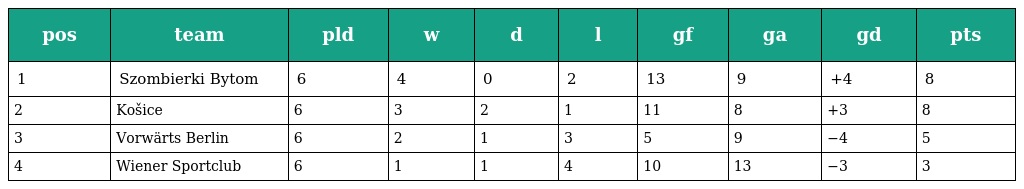
| pos | team | pld | w | d | l | gf | ga | gd | pts |
 | --- | --- | --- | --- | --- | --- | --- | --- | --- | --- |
 | 1 | Szombierki Bytom | 6 | 4 | 0 | 2 | 13 | 9 | +4 | 8 |
 | 2 | Košice | 6 | 3 | 2 | 1 | 11 | 8 | +3 | 8 |
 | 3 | Vorwärts Berlin | 6 | 2 | 1 | 3 | 5 | 9 | −4 | 5 |
 | 4 | Wiener Sportclub | 6 | 1 | 1 | 4 | 10 | 13 | −3 | 3 |